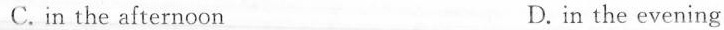
C. in the afternoon D.in the evening